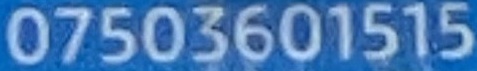
07503601515